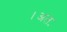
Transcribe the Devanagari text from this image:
।अतः